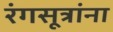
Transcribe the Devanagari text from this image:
रंगसूत्रांना